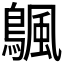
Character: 𬷣